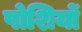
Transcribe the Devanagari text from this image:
पोशियों